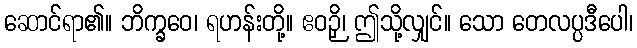
ဆောင်ရာ၏။ ဘိက္ခဝေ၊ ရဟန်းတို့။ ဧဝဉှိ၊ ဤသို့လျှင်။ သော တေလပ္ပဒီပေါ၊